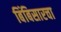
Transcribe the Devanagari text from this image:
बिंबिसारचा